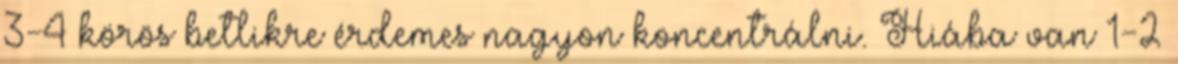
3-4 körös betlikre érdemes nagyon koncentrálni. Hiába van 1-2